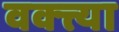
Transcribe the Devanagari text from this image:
वक्त्त्या